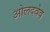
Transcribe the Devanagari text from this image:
ओलदवेब